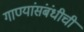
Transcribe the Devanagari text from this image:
गाण्यांसंबंधीची